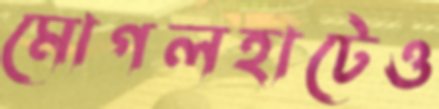
মোগলহাটেও